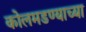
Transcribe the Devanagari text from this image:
कोलमडण्याच्या